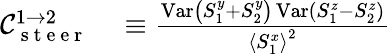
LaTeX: \begin{array}{rl}{{\cal{C}}_{\mathrm{~s~t~e~e~r~}}^{1\rightarrow 2}}&{{}\equiv\frac{\operatorname{Var}\left(S_{1}^{y}+S_{2}^{y}\right)\operatorname{Var}\left(S_{1}^{z}-S_{2}^{z}\right)}{\left\langle S_{1}^{x}\right\rangle^{2}}}\end{array}